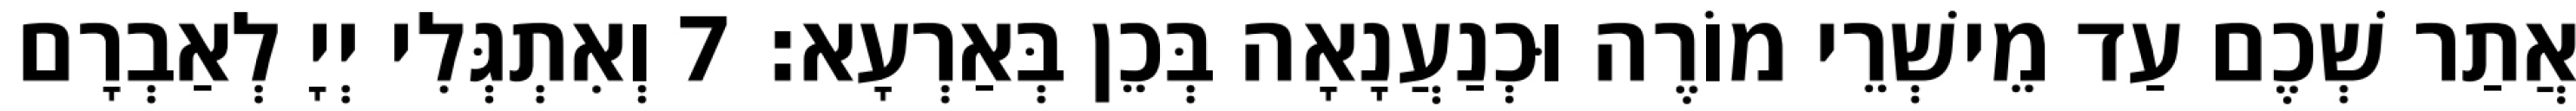
אֲתַר שְׁכֶם עַד מֵישְׁרֵי מוֹרֶה וּכְנַעֲנָאָה בְּכֵן בְּאַרְעָא׃ 7 וְאִתְגְּלִי יְיָ לְאַבְרָם